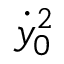
\dot { y } _ { 0 } ^ { 2 }